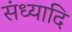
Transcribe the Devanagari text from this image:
संध्यादि